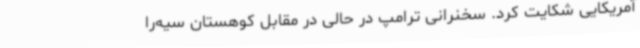
آمریکایی شکایت کرد. سخنرانی ترامپ در حالی در مقابل کوهستان سیه‌را